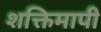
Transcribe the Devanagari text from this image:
शक्तिमापी